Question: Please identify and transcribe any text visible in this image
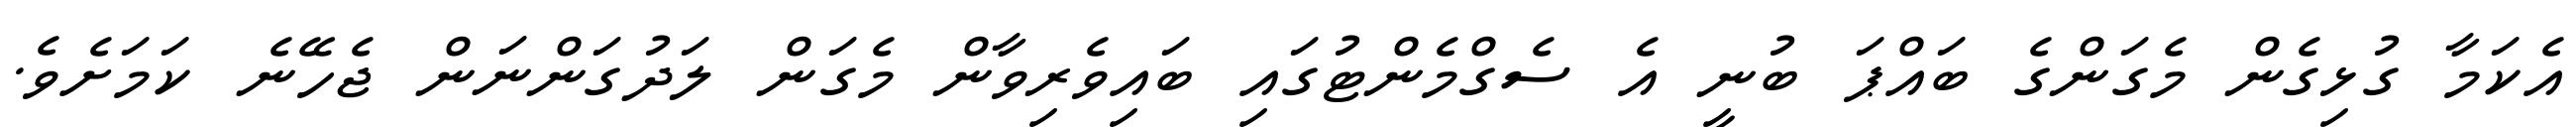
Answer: އެކަމާ ގުޅިގެން މެގަންގެ ބައްޕަ ބުނީ އެ ސެގްމެންޓުގައި ބައިވެރިވާން މެގަން ލަދުގަންނަން ޖެހޭނެ ކަމަށެވެ.